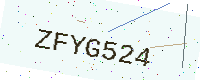
Text: ZFYG524